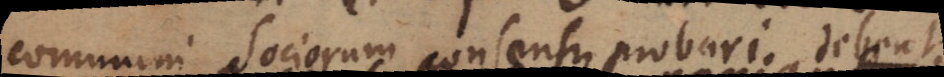
communi Sociorum consensu probari debent